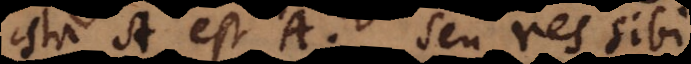
ista A est A, seu res sibi